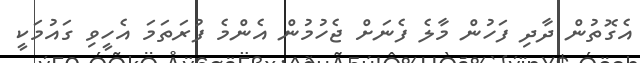
އެގޮތުން ދާދި ފަހުން މާލެ ފެނަށް ޖެހުމުން އެންމެ ފުރަތަމަ އެހީވި ގައުމަކީ